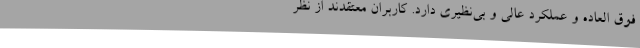
فوق العاده‌ و عملکرد عالی و بی‌نظیری دارد. کاربران معتقدند از نظر